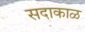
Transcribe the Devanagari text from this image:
सदाकाळ